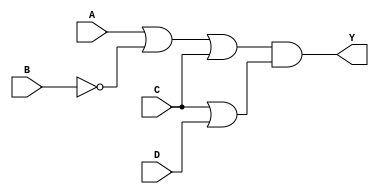
module pos_simplification (
    input wire A,      // Input variable A
    input wire B,      // Input variable B
    input wire C,      // Input variable C
    input wire D,      // Input variable D
    output wire Y      // Output Y representing the simplified POS expression
);

// Internal wires for sum terms
wire sum_term1; // Represents (A + B' + C)
wire sum_term2; // Represents (C + D)

// Generate sum terms
assign sum_term1 = A | (~B) | C; // Sum term (A + B' + C)
assign sum_term2 = C | D;        // Sum term (C + D)

// Product of sums
assign Y = sum_term1 & sum_term2; // Y = (A + B' + C)(C + D)

endmodule